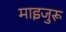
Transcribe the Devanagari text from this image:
माइजुरू